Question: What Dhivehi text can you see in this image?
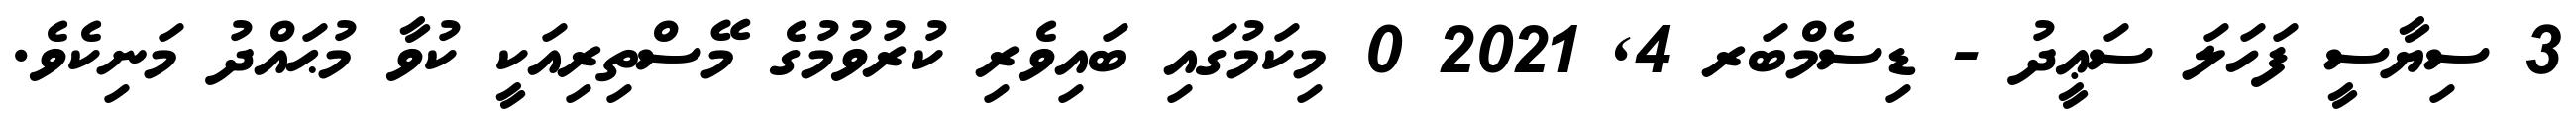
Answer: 3 ސިޔާސީ ފަހަލަ ސަޢީދު - ޑިސެމްބަރ 4, 2021 0 މިކަމުގައި ބައިވެރި ކުރުވުމުގެ މޭސްތިރިއަކީ ކުވާ މުޙައްދު މަނިކެވެ.